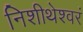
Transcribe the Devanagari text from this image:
निशीथेश्वरं